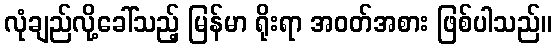
လုံချည်လို့ခေါ်သည့် မြန်မာ ရိုးရာ အဝတ်အစား ဖြစ်ပါသည်။